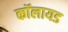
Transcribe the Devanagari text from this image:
कॉलायड